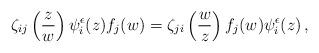
LaTeX: \begin{align*} \zeta_{ij}\left(\frac{z}{w}\right)\psi^\epsilon_i(z)f_j(w)=\zeta_{ji}\left(\frac{w}{z}\right)f_j(w)\psi^\epsilon_i(z) \,,\end{align*}